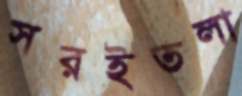
সরইতলা